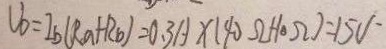
U _ { 0 } = I _ { b } ( R _ { a } + R _ { b } ) = 0 . 3 A \times 1 4 0 \Omega + 1 0 \Omega ) = 1 5 0 V ^ { - }